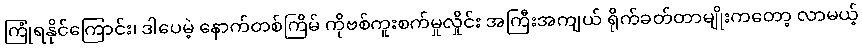
ကြုံရနိုင်ကြောင်း၊ ဒါပေမဲ့ နောက်တစ်ကြိမ် ကိုဗစ်ကူးစက်မှုလှိုင်း အကြီးအကျယ် ရိုက်ခတ်တာမျိုးကတော့ လာမယ့်